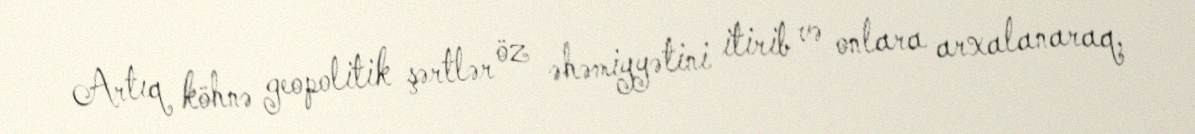
Artıq köhnə geopolitik şərtlər öz əhəmiyyətini itirib və onlara arxalanaraq,